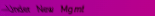
Under New Mgmt